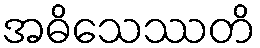
အဓိသေဿတိ